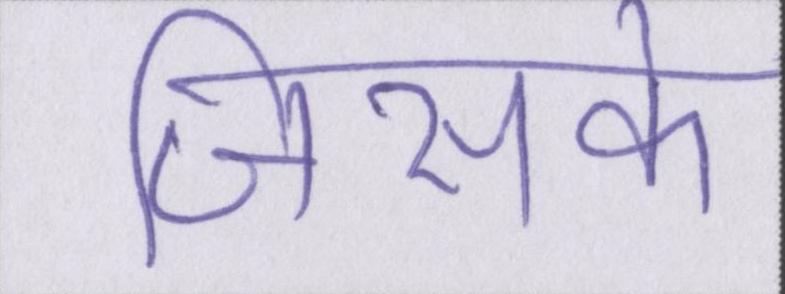
जिसके